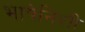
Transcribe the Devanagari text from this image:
भाषेनिशी